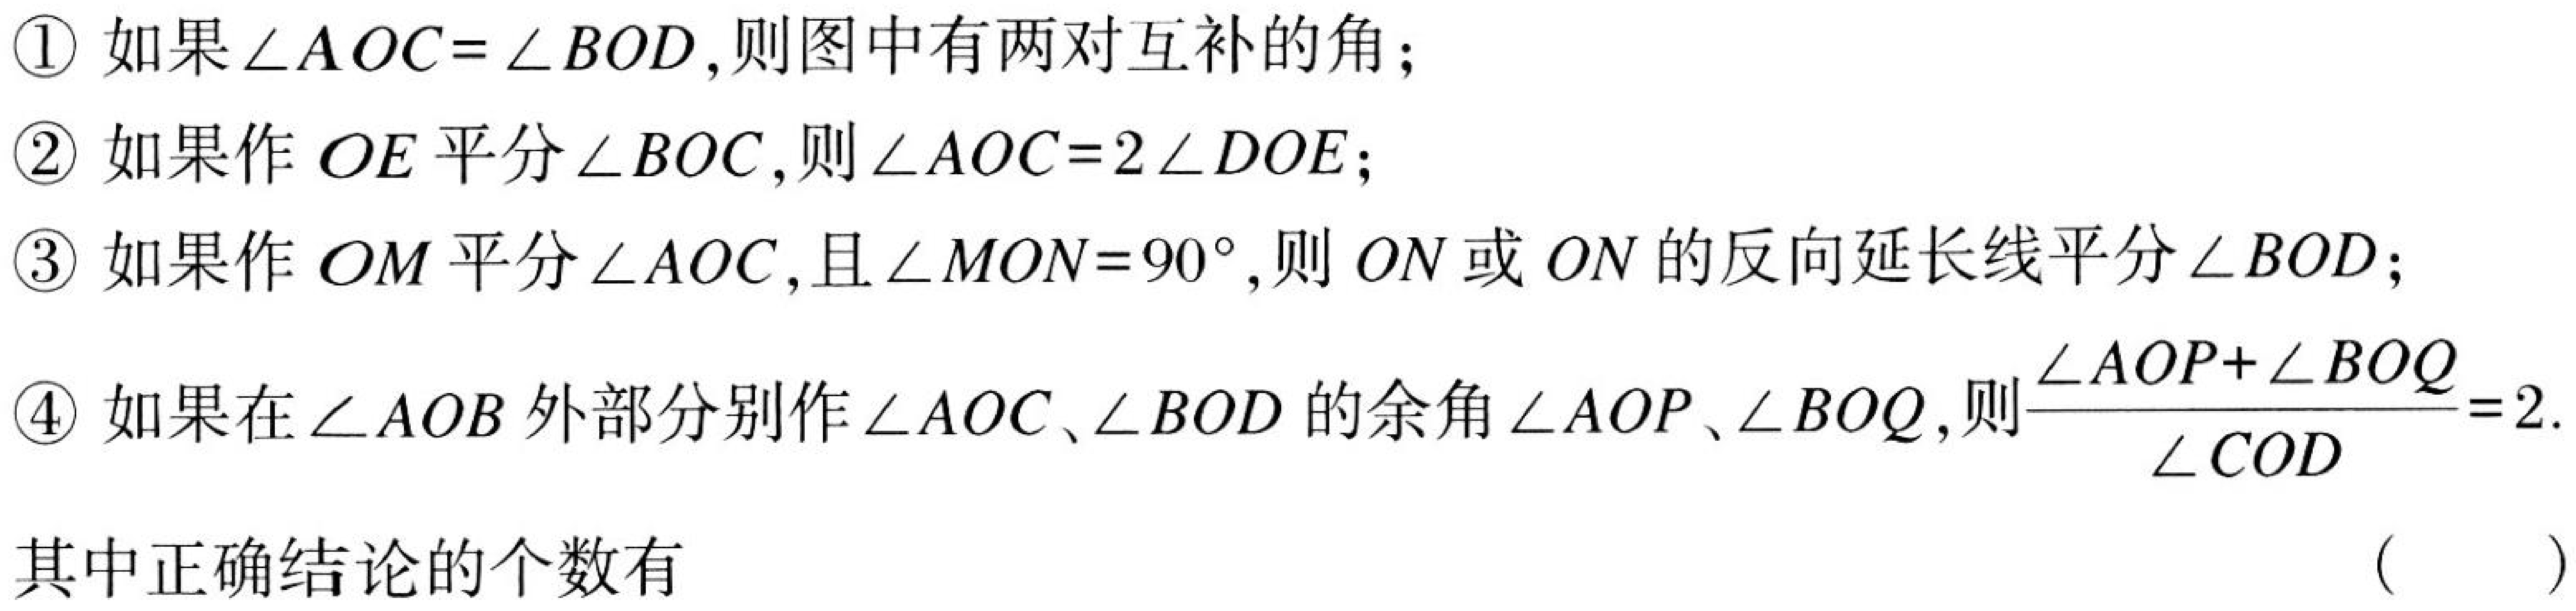
\textcircled{1} 如果\(\angle AOC = \angle BOD\),则图中有两对互补的角；
\textcircled{2} 如果作\(OE\)平分\(\angle BOC\),则\(\angle AOC = 2\angle DOE\)；
\textcircled{3} 如果作\(OM\)平分\(\angle AOC\),且\(\angle MON = 90^{\circ}\),则\(ON\)或\(ON\)的反向延长线平分\(\angle BOD\)；
\textcircled{4} 如果在\(\angle AOB\)外部分别作\(\angle AOC\)、\(\angle BOD\)的余角\(\angle AOP\)、\(\angle BOQ\),则\(\frac{\angle AOP+\angle BOQ}{\angle COD}=2\).
其中正确结论的个数有 （  ）